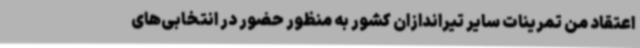
اعتقاد من تمرینات سایر تیراندازان کشور به منظور حضور در انتخابی‌های